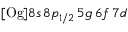
[ \mathrm { O g } ] 8 s \, 8 p _ { 1 / 2 } \, 5 g \, 6 f \, 7 d